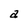
Character: a